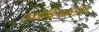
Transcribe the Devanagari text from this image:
एकांकिकांतील